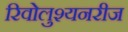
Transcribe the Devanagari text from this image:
रिवोलुश्यनरीज